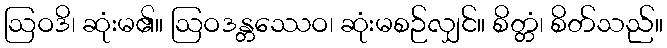
ဩဝဒိ၊ ဆုံးမ၏။ ဩဝဒန္တဿေဝ၊ ဆုံးမစဉ်လျှင်။ စိတ္တံ၊ စိတ်သည်။